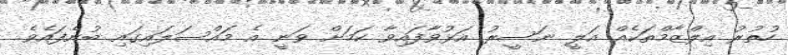
ހުތުރު އިލްޒާމްތަކެއް އަލީ ނަސީރު އަޅުވާފައިވާ ކަމަށް ވަނީ އެ މައްސަލައިގައި ބުނެފައެވެ.